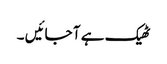
ٹھیک ہے آ جائیں ۔